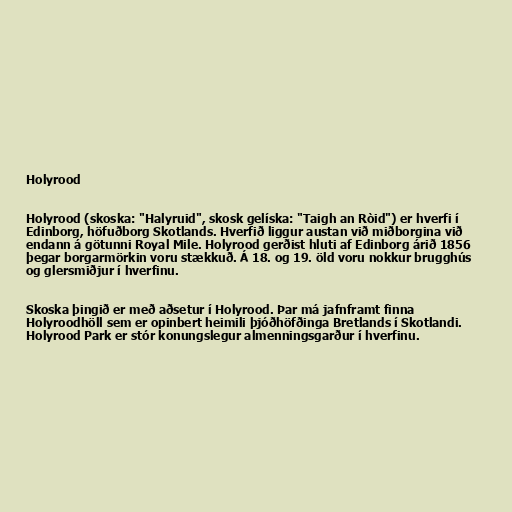
Holyrood

Holyrood (skoska: "Halyruid", skosk gelíska: "Taigh an Ròid") er hverfi í
Edinborg, höfuðborg Skotlands. Hverfið liggur austan við miðborgina við
endann á götunni Royal Mile. Holyrood gerðist hluti af Edinborg árið 1856
þegar borgarmörkin voru stækkuð. Á 18. og 19. öld voru nokkur brugghús
og glersmiðjur í hverfinu.

Skoska þingið er með aðsetur í Holyrood. Þar má jafnframt finna
Holyroodhöll sem er opinbert heimili þjóðhöfðinga Bretlands í Skotlandi.
Holyrood Park er stór konungslegur almenningsgarður í hverfinu.